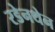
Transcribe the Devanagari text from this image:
रडेनथेन